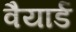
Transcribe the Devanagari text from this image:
वैयार्ड